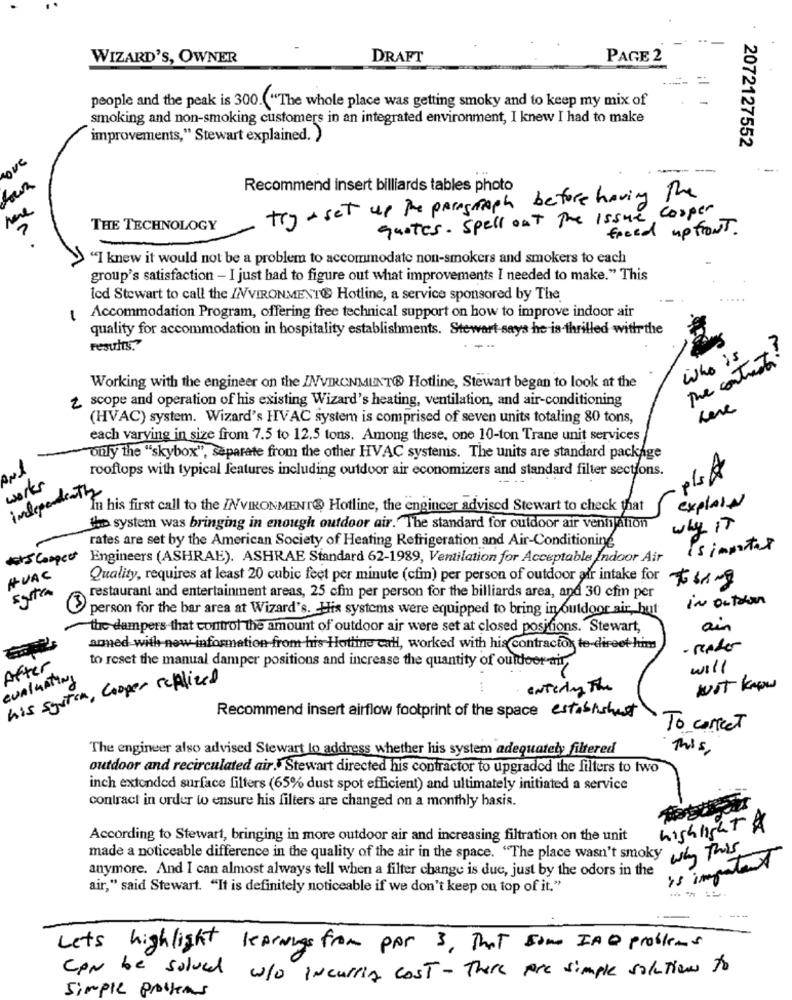
WIZARD'S, OWNER
DRAFT
PAGE 2
people and the peak is 300. "The whole place was getting smoky and to keep my mix of
smoking and non-smoking customers in an integrated environment, I knew I had to make
improvements," Stewart explained. )
2072127552
COME
Recommend insert billiards tables photo
try + set up the paragraph before having the
neve
quotes. Spell out The Issue cooper
THE TECHNOLOGY
freed up front.
"I knew it would not be a problem to accommodate non-smokers and smokers to each
group's satisfaction - I just had to figure out what improvements I needed to make." This
led Stewart to call the /NVIRONMENT Hotline, a service sponsored by The
Accommodation Program, offering free technical support on how to improve indoor air
quality for accommodation in hospitality establishments. Stewart says he is-thrilled with the
results."
--
Who is
the content
Working with the engineer on the INVIRONMENT® Hotline, Stewart began to look at the
scope and operation of his existing Wizard's heating, ventilation, and air-conditioning
Leve
(HVAC) system. Wizard's HVAC system is comprised of seven units totaling 80 tons,
each varying in size from 7.5 to 12.5 tons. Among these, one 10-ton Trane unit services
only the "skybox", separate from the other HVAC systenis. The units are standard package
ANS
rooftops with typical features including outdoor air economizers and standard filter sections.
PLA
works
independenth
explain
In his first call to the ENVIRONMENT@ Hotline, the engineer advised Stewart to check that
the system was bringing in enough outdoor air. The standard for outdoor air venni Ation
why IT
rates are set by the American Society of Heating Refrigeration and Air-Conditioning
Is important
#Compet
Engineers (ASHRAE). ASHRAE Standard 62-1989, Ventilation for Acceptable Indoor Air
HVAC
Quality, requires at least 20 cubic feet per minute (cfim) per person of outdoor air intake for 564 -9
Extra
restaurant and entertainment areas, 25 cfm per person for the billiards area, and 30 cfin per
in outsoon
person for the bar area at Wizard's. His systems were equipped to bring in outdoor air, but
the dampers that control the amount of outdoor air were set at closed positions. Stewart,
ain
amed with new information from his Hotline call, worked with his contractok te-direet him
- Reader
to reset the manual damper positions and increase the quantity of outdoor-air,
After
will
CUALMATIN
his system, Cooper realized
....
Entering The
NOT know
Recommend insert airflow footprint of the space establishest
To correct
The engineer also advised Stewart lo address whether his system adequately filtered
This,
outdoor and recirculated air. Stewart directed his contractor to upgraded the filters to two
inch extended surface filters (65% dust spot efficient) and ultimately initiated a service
contract in order to ensure his filters are changed on a monthly basis.
highlight &
According to Stewart, bringing in more outdoor air and increasing filtration on the unit
why this
made a noticeable difference in the quality of the air in the space. "The place wasn't smoky
anymore. And I can almost always tell when a filter change is due, just by the odors in the
is impala
air," said Stewart. "It is definitely noticeable if we don't keep on top of it."
Lets highlight
learnings from por 3, That some IA Q problems
CAN be solved who IncurriA cost- There Are simple solutions to
Simple prostens